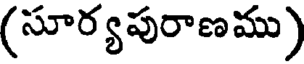
(సూర్యపురాణము)